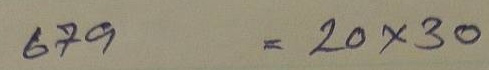
679 = 20 x 30